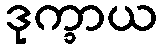
ဒုက္ခာယ